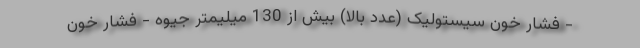
- فشار خون سیستولیک (عدد بالا) بیش از 130 میلیمتر جیوه - فشار خون